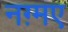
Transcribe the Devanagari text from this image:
नग़्मए